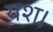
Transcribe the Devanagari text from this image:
यश।